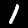
Digit: 1